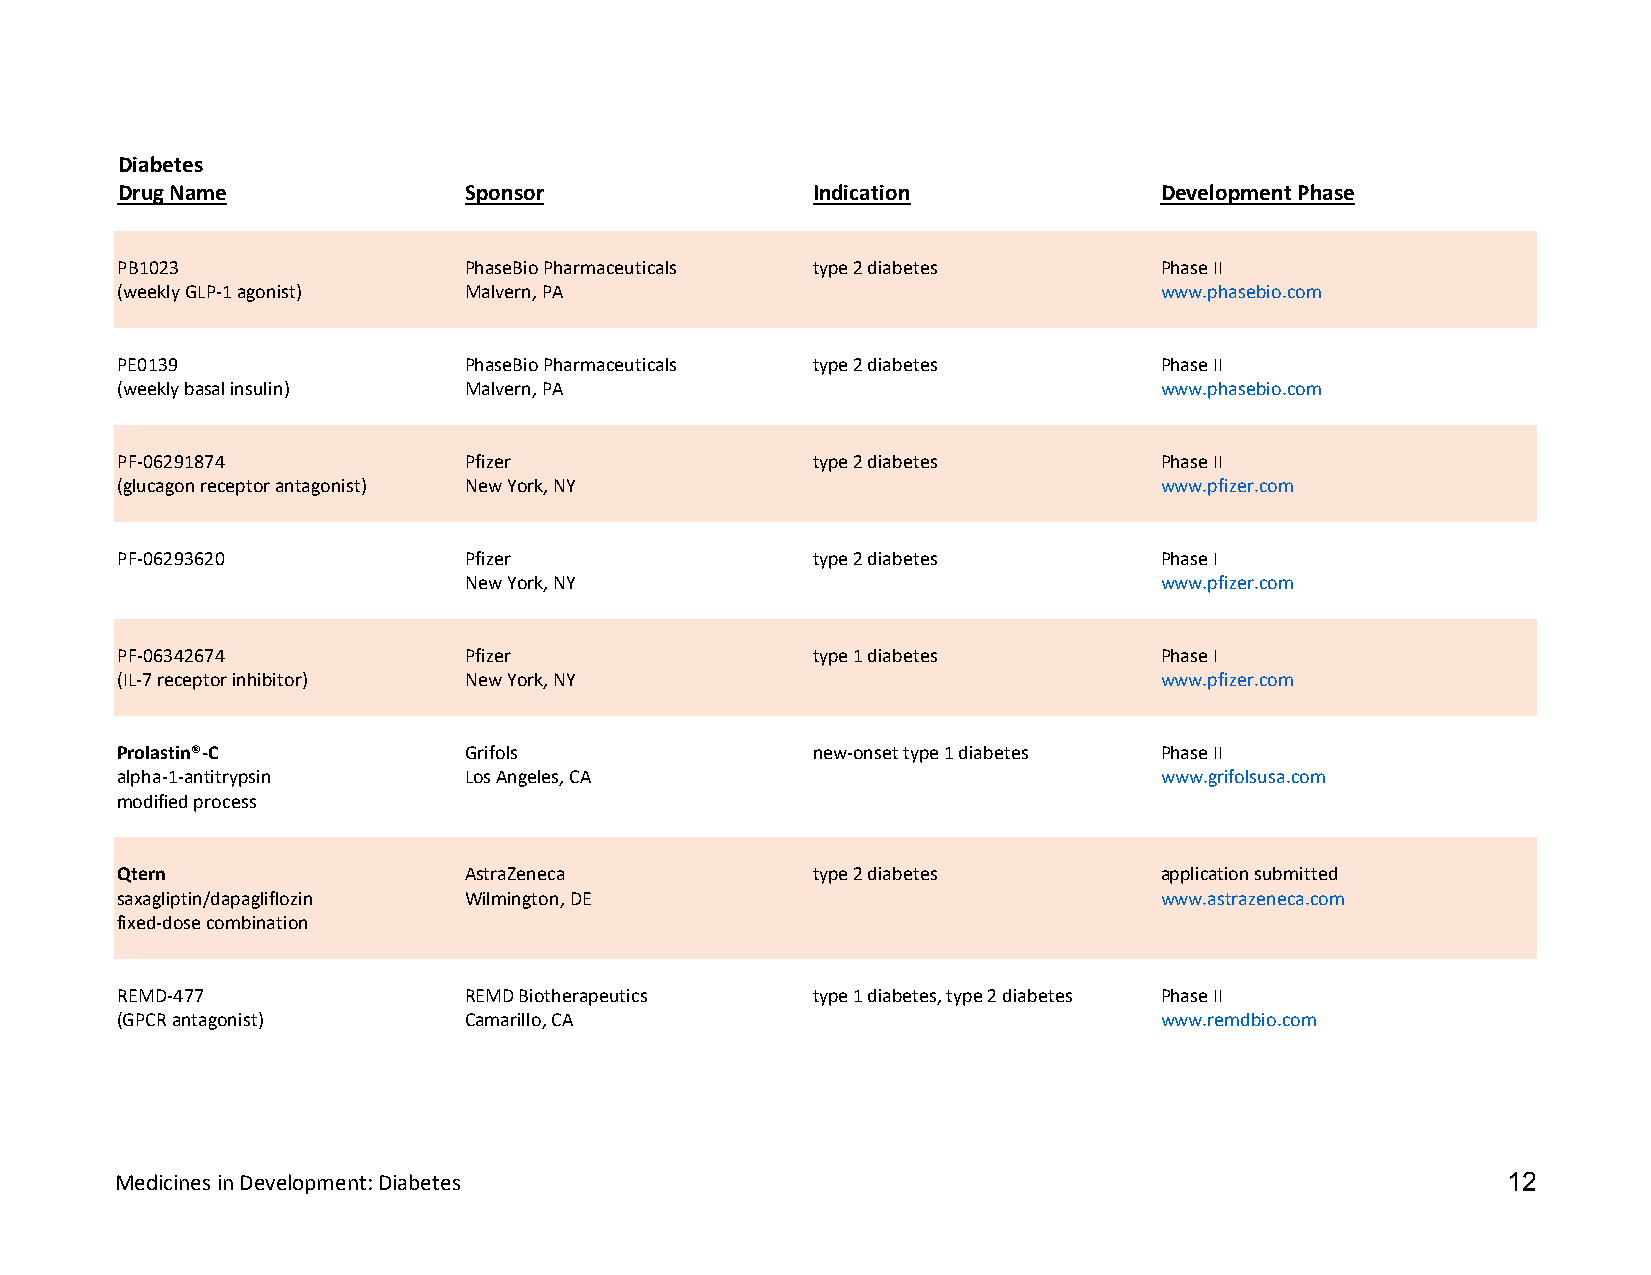
Diabetes
 Drug Name              Sponsor                Indication             Development Phase
 PB1023                 PhaseBio Pharmaceuticals type 2 diabetes      Phase II
 (weekly GLP-1 agonist) Malvern, PA                                   www.phasebio.com
 PE0139                 PhaseBio Pharmaceuticals type 2 diabetes      Phase II
 (weekly basal insulin) Malvern, PA                                   www.phasebio.com
 PF-06291874            Pfizer                 type 2 diabetes        Phase II
 (glucagon receptor antagonist) New York, NY                          www.pfizer.com
 PF-06293620            Pfizer                 type 2 diabetes        Phase I
 New York, NY                                  www.pfizer.com
 PF-06342674            Pfizer                 type 1 diabetes        Phase I
 (IL-7 receptor inhibitor) New York, NY                               www.pfizer.com
 Prolastin®-C           Grifols                new-onset type 1 diabetes Phase II
 alpha-1-antitrypsin    Los Angeles, CA                               www.grifolsusa.com
 modified process
 Qtern                  AstraZeneca            type 2 diabetes        application submitted
 saxagliptin/dapagliflozin Wilmington, DE                             www.astrazeneca.com
 fixed-dose combination
 REMD-477               REMD Biotherapeutics   type 1 diabetes, type 2 diabetes Phase II
 (GPCR antagonist)      Camarillo, CA                                 www.remdbio.com
 Medicines in Development: Diabetes                                                          12